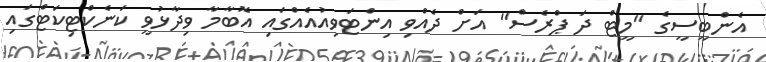
އެންބީސީގެ "މީޓް ދަ ޕްރެސް" އަށް ދެއްވި އިންޓަވިއުއެއްގައި އޮބާމާ ވިދާޅުވީ ކަނެކްޓިކަޓްގައި